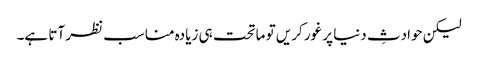
لیکن حوادثِ دنیا پر غور کریں تو ماتحت ہی زیادہ مناسب نظر آتا ہے۔